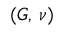
( G , \, \nu )